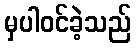
မှပါဝင်ခဲ့သည်